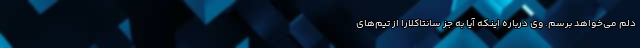
دلم می‌خواهد برسم. وی درباره اینکه آیا به جز سانتاکلارا از تیم‌های